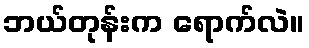
ဘယ်တုန်းက ရောက်လဲ။